Indian journal of veterinary science and animal husbandry - Volumes 24-25, 1954-1955
Year: 1954
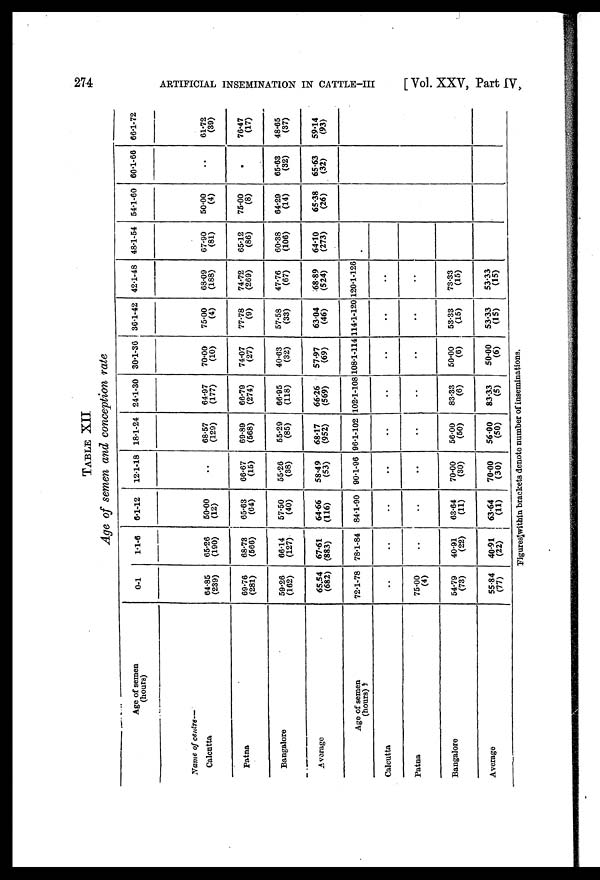
274
ARTIFICIAL INSEMINATION IN CATTLE-III
[Vol. XXV, Part IV,
TABLE XII
Age of semen and conception rate
Age of semen
(hours)
Name of centre—
Calcutta
Patna
Bangalore
Average
Age of semen
(hours)
Calcutta
Patna
Bangalore
Average
0-1
64.85
(239)
69.76
(281)
59.26
(162)
65.54
(682)
72.1-78
..
75.00
(4)
54.79
(73)
55.84
(77)
1.1-6
65.26
(190)
68.73
(566)
66.14
(127)
67.61
(883)
78.1-84
..
..
40.91
(22)
40.91
(22)
6.1-12
50.00
(12)
65.63
(64)
57.50
(40)
64.66
(116)
84.1-90
..
..
63.64
(11)
63.64
(11)
12.1-18
..
66.67
(15)
55.26
(38)
58.49
(53)
90.1-96
..
..
70.00
(30)
70.00
(30)
18.1-24
68.57
(129)
69.89
(568)
55.29
(85)
68.17
(952)
96.1-102
..
..
56.00
(50)
56.00
(50)
24.1-30
64.97
(177)
66.79
(274)
66.95
(118)
66.26
(569)
102.1-108
..
..
83.33
(6)
83.33
(5)
30.1-36
70.00
(10)
74.07
(27)
40.63
(32)
57.97
(69)
108.1-114
..
..
50.00
(6)
50.00
(6)
36.1-42
75.00
(4)
77.78
(9)
57.58
(33)
63.04
(46)
114.1-120
..
..
53.33
(15)
53.33
(15)
42.1-48
68.09
(188)
74.72
(269)
47.76
(67)
68.89
(524)
120.1-126
..
..
73.33
(15)
53.33
(15)
48.1-54
67.90
(81)
65.12
(86)
60.38
(106)
64.10
(273)
54.1-60
50.00
(4)
75.00
(8)
64.29
(14)
65.38
(26)
60.1-66
..
..
65.63
(32)
65.63
(32)
66.1-72
61.72
(39)
76.47
(17)
48.65
(37)
59.14
(93)
Figures within brackets denote number of inseminations.